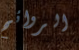
الروائح